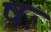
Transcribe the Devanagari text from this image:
षः